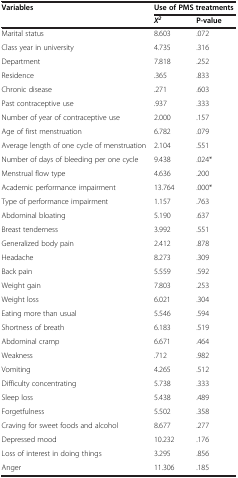
<table><thead><tr><td rowspan="2"><b>Variables</b></td><td colspan="2"><b>Use of PMS treatments</b></td></tr><tr><td><b><i>X</i><sup><i>2</i></sup></b></td><td><b>P-value</b></td></tr></thead><tbody><tr><td>Marital status</td><td>8.603</td><td>.072</td></tr><tr><td>Class year in university</td><td>4.735</td><td>.316</td></tr><tr><td>Department</td><td>7.818</td><td>.252</td></tr><tr><td>Residence</td><td>.365</td><td>.833</td></tr><tr><td>Chronic disease</td><td>.271</td><td>.603</td></tr><tr><td>Past contraceptive use</td><td>.937</td><td>.333</td></tr><tr><td>Number of year of contraceptive use</td><td>2.000</td><td>.157</td></tr><tr><td>Age of first menstruation</td><td>6.782</td><td>.079</td></tr><tr><td>Average length of one cycle of menstruation</td><td>2.104</td><td>.551</td></tr><tr><td>Number of days of bleeding per one cycle</td><td>9.438</td><td>.024*</td></tr><tr><td>Menstrual flow type</td><td>4.636</td><td>.200</td></tr><tr><td>Academic performance impairment</td><td>13.764</td><td>.000*</td></tr><tr><td>Type of performance impairment</td><td>1.157</td><td>.763</td></tr><tr><td>Abdominal bloating</td><td>5.190</td><td>.637</td></tr><tr><td>Breast tenderness</td><td>3.992</td><td>.551</td></tr><tr><td>Generalized body pain</td><td>2.412</td><td>.878</td></tr><tr><td>Headache</td><td>8.273</td><td>.309</td></tr><tr><td>Back pain</td><td>5.559</td><td>.592</td></tr><tr><td>Weight gain</td><td>7.803</td><td>.253</td></tr><tr><td>Weight loss</td><td>6.021</td><td>.304</td></tr><tr><td>Eating more than usual</td><td>5.546</td><td>.594</td></tr><tr><td>Shortness of breath</td><td>6.183</td><td>.519</td></tr><tr><td>Abdominal cramp</td><td>6.671</td><td>.464</td></tr><tr><td>Weakness</td><td>.712</td><td>.982</td></tr><tr><td>Vomiting</td><td>4.265</td><td>.512</td></tr><tr><td>Difficulty concentrating</td><td>5.738</td><td>.333</td></tr><tr><td>Sleep loss</td><td>5.438</td><td>.489</td></tr><tr><td>Forgetfulness</td><td>5.502</td><td>.358</td></tr><tr><td>Craving for sweet foods and alcohol</td><td>8.677</td><td>.277</td></tr><tr><td>Depressed mood</td><td>10.232</td><td>.176</td></tr><tr><td>Loss of interest in doing things</td><td>3.295</td><td>.856</td></tr><tr><td>Anger</td><td>11.306</td><td>.185</td></tr></tbody></table>